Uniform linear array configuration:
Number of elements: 8
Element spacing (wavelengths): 1
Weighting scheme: hann
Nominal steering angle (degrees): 0
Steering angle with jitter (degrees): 1.017
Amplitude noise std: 0.05
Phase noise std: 0.05

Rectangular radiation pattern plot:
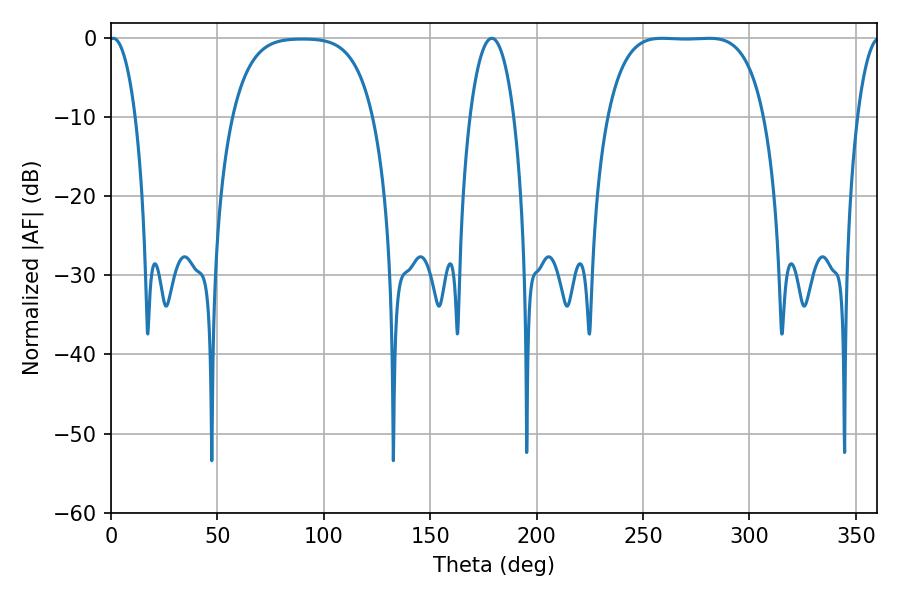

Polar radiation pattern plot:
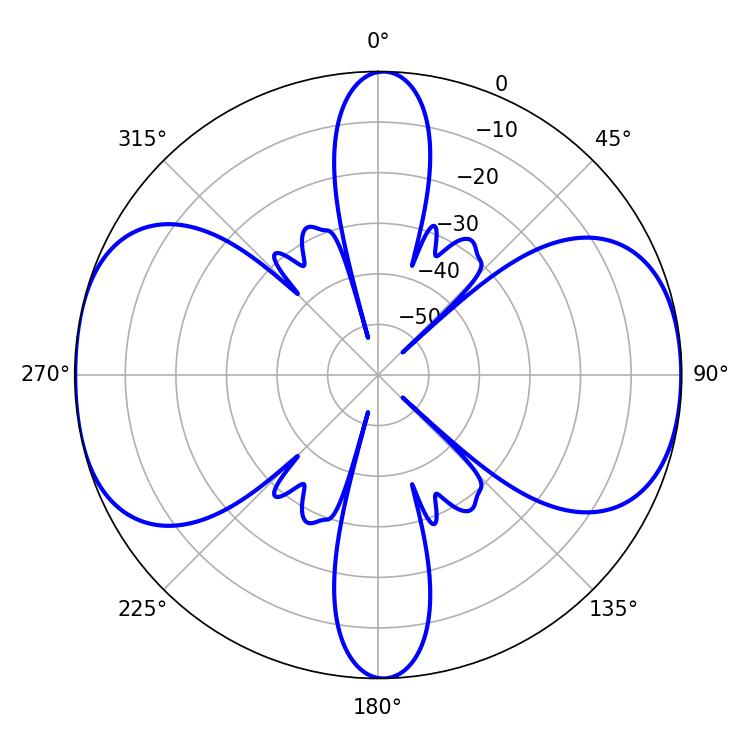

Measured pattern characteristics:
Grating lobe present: TRUE
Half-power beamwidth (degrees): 56.88
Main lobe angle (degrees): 259.02